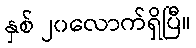
နှစ် ၂၀လောက်ရှိပြီ။